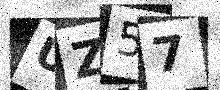
Text: UZ57